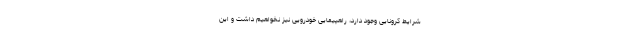
شرایط کرونایی وجود دارد، راهپیمایی خودرویی نیز نخواهیم داشت و این